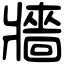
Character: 牆